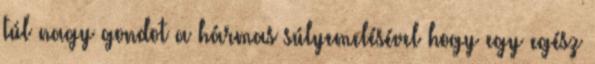
túl nagy gondot a hármas súlyemelésével hogy egy egész